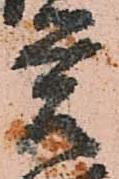
覚